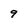
Character: 9